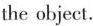
the object.